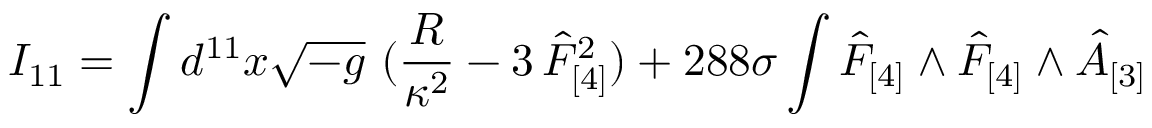
I _ { 1 1 } = \int d ^ { 1 1 } x \sqrt { - g } ~ ( { \frac { R } { \kappa ^ { 2 } } } - 3 \, \hat { F } _ { [ 4 ] } ^ { 2 } ) + { 2 8 8 } \sigma \int \hat { F } _ { [ 4 ] } \wedge \hat { F } _ { [ 4 ] } \wedge \hat { A } _ { [ 3 ] }